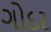
ગોદર